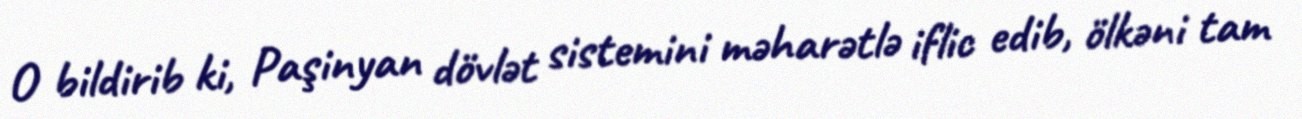
O bildirib ki, Paşinyan dövlət sistemini məharətlə iflic edib, ölkəni tam